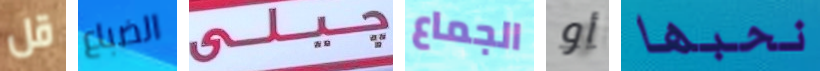
قل الضباع جيلي الجماع أو نحبها